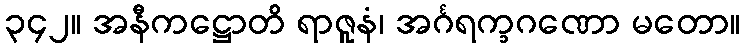
၃၄၂။ အနီကဋ္ဌောတိ ရာဇူနံ၊ အင်္ဂရက္ခဂဏော မတော။